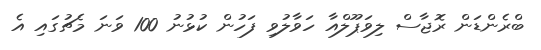
ބްރެންޑަން ރޮޖާސް ލިވަޕޫލްއާ ހަވާލުވި ފަހުން ކުޅުނު 100 ވަނަ މެޗުގައި އެ